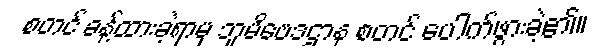
စတင် ခန့်ထားခဲ့ရာမှ ဘူမိဗေဒဌာန စတင် ပေါက်ဖွားခဲ့၏။